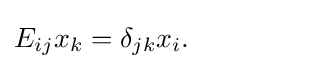
E_{ij}x_{k}=\delta _{jk}x_{i}.~~~~~~~~~~~~~~